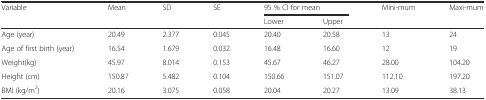
<table><thead><tr><td rowspan="2"><b>Variable</b></td><td rowspan="2"><b>Mean</b></td><td rowspan="2"><b>SD</b></td><td rowspan="2"><b>SE</b></td><td colspan="2"><b>95 % CI for mean</b></td><td rowspan="2"><b>Mini-mum</b></td><td rowspan="2"><b>Maxi-mum</b></td></tr><tr><td><b>Lower</b></td><td><b>Upper</b></td></tr></thead><tbody><tr><td>Age (year)</td><td>20.49</td><td>2.377</td><td>0.045</td><td>20.40</td><td>20.58</td><td>13</td><td>24</td></tr><tr><td>Age of first birth (year)</td><td>16.54</td><td>1.679</td><td>0.032</td><td>16.48</td><td>16.60</td><td>12</td><td>19</td></tr><tr><td>Weight(kg)</td><td>45.97</td><td>8.014</td><td>0.153</td><td>45.67</td><td>46.27</td><td>28.00</td><td>104.20</td></tr><tr><td>Height (cm)</td><td>150.87</td><td>5.482</td><td>0.104</td><td>150.66</td><td>151.07</td><td>112.10</td><td>197.20</td></tr><tr><td>BMI (kg/m<sup>2</sup>)</td><td>20.16</td><td>3.075</td><td>0.058</td><td>20.04</td><td>20.27</td><td>13.09</td><td>38.13</td></tr></tbody></table>